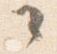
々